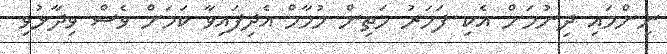
ނިންމައި ދިނުމަށް އެކި ފަހަރު މަތިން ހުމާމް އެދިފައިވާ ކަމަށް ވެސް ވިދާޅުވި